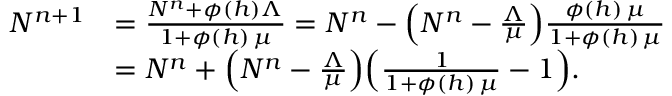
\begin{array} { r l } { N ^ { n + 1 } } & { = \frac { N ^ { n } + \phi ( h ) \Lambda } { 1 + \phi ( h ) \, \mu } = N ^ { n } - \Bigl ( N ^ { n } - \frac { \Lambda } { \mu } \Bigr ) \frac { \phi ( h ) \, \mu } { 1 + \phi ( h ) \, \mu } } \\ & { = N ^ { n } + \Bigl ( N ^ { n } - \frac { \Lambda } { \mu } \Bigr ) \Bigl ( \frac { 1 } { 1 + \phi ( h ) \, \mu } - 1 \Bigr ) . } \end{array}